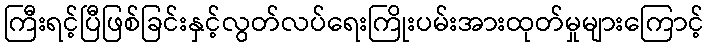
ကြီးရင့်ပြီဖြစ်ခြင်းနှင့်လွတ်လပ်ရေးကြိုးပမ်းအားထုတ်မှုများကြောင့်